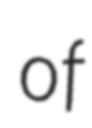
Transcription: of